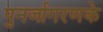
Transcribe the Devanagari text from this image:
पुनर्जागरणके